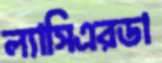
ল্যাসিএরডা